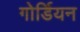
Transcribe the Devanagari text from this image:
गोर्डियन